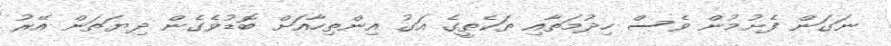
ނަގަން ފެށުމުން ވެސް ހިދުމަތާއި ތަކެތީގެ އަގު އިންތިހާއަށް ބޮޑުވެގެން ދިޔަތަން އޭރު